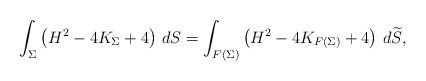
LaTeX: \begin{align*}\int_{\Sigma} \left( H^2 - 4 K_\Sigma + 4 \right) \, dS = \int_{F(\Sigma)}\left( H^2 - 4 K_{F(\Sigma)} + 4 \right) \, d\widetilde{S},\end{align*}